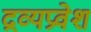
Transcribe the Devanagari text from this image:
द्रव्यप्रवेश